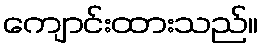
ကျောင်းထားသည်။